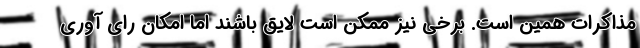
مذاکرات همین است. برخی نیز ممکن است لایق باشند اما امکان رای آوری